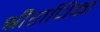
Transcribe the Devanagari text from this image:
श्रीराधिका